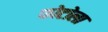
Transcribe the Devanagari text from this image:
फोटोला